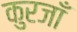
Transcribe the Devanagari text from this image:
कुरजाँ